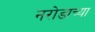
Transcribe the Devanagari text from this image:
नरोडाच्या